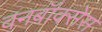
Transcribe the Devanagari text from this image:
वनबॉक्सेस